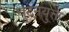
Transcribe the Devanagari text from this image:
घुटनयुक्त